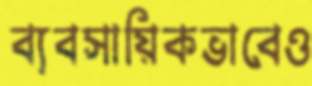
ব্যবসায়িকভাবেও